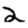
Digit: 2